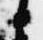
日